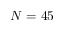
N = 4 5